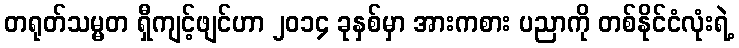
တရုတ်သမ္မတ ရှီကျင့်ဖျင်ဟာ ၂၀၁၄ ခုနှစ်မှာ အားကစား ပညာကို တစ်နိုင်ငံလုံးရဲ့